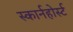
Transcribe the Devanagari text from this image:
स्कार्नहोर्स्ट